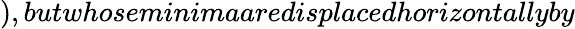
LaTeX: ),butwhoseminimaaredisplacedhorizontallyby